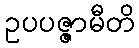
ဥပပဇ္ဇာမီတိ